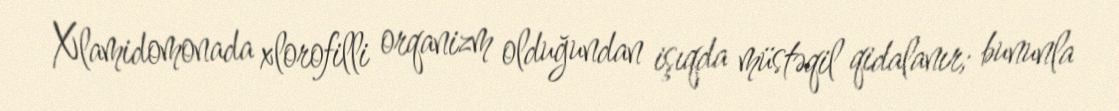
Xlamidomonada xlorofilli orqanizm olduğundan işıqda müstəqil qidalanır; bununla